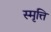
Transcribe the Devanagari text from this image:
स्मृत्ति